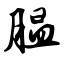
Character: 腽